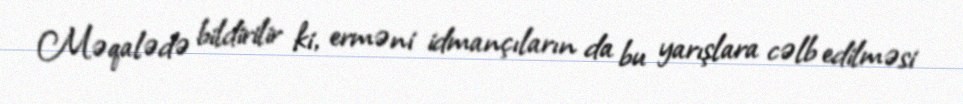
Məqalədə bildirilir ki, erməni idmançıların da bu yarışlara cəlb edilməsi